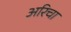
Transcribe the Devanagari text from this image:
अरिचा